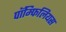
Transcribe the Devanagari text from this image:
पॉम्फिलियस